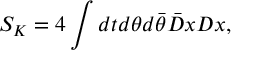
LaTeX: S _ { K } = 4 \int d t d \theta d \bar { \theta } \bar { D } x D x ,